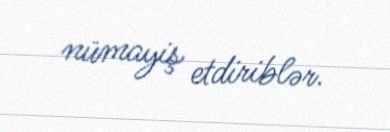
nümayiş etdiriblər.